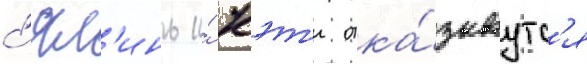
с'ял'инь и́ кэт'и отка́зываутс'я